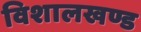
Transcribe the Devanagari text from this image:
विशालखण्ड